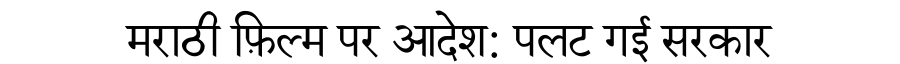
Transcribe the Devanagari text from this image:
मराठी फ़िल्म पर आदेश: पलट गई सरकार